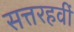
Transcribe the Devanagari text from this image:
सत्तरहवीं